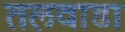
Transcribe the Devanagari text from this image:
तलवाडा